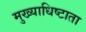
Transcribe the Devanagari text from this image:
मुख्याधिष्टाता